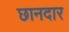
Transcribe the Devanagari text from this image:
छानदार